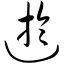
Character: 迂